Vabadussoja_Ajaloo_Komitee, lk 8
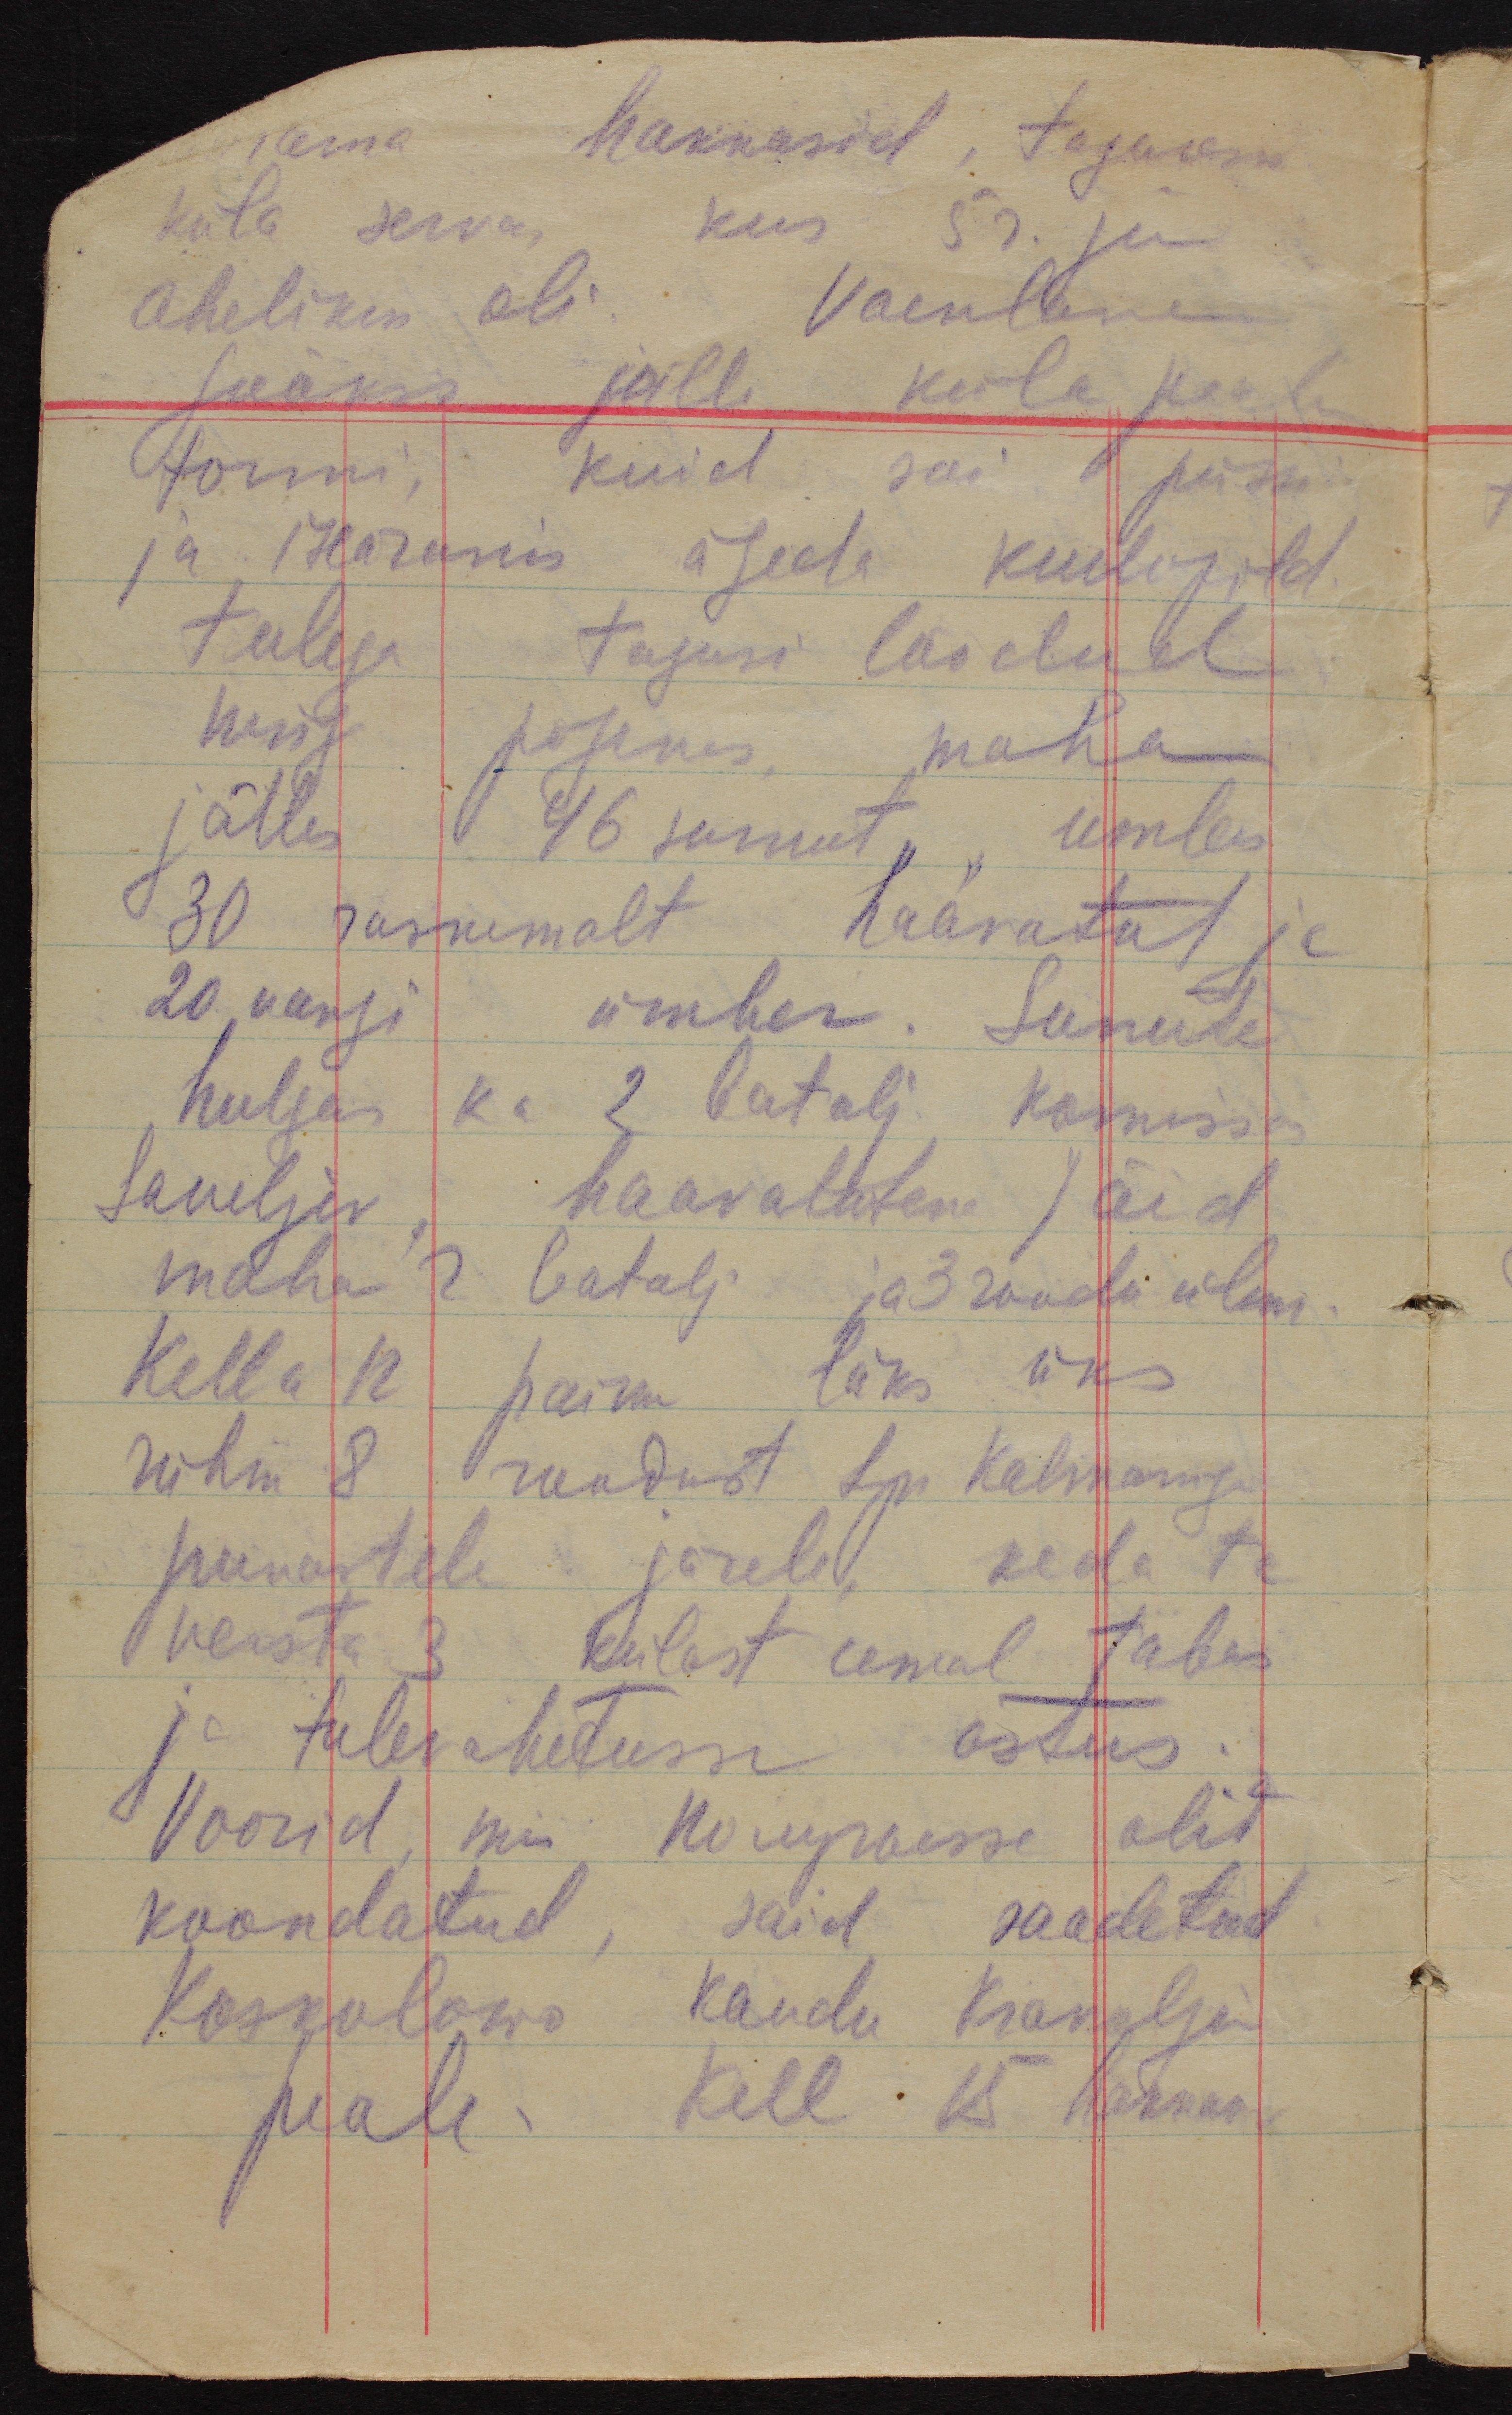
rama hakkasid, taganes
küla serva, kus 5r. ju
ahelikus oli. Vaenlane
jooksis jälle küla peale
tormi, kuid sai püssi
ja iseäranis ägeda kuulipild.
tulega tagasi löödud
ning põgenes  maha
jättes 46 surnut, umbes
30 raskemalt haavatut ja
20 vangi ümber. Surnute
hulgas ka 2 batalj. komissar
Saneljev, haavatutena jäid
maha 2 batalj ja 3 roodu ülem.
Kella 12 paiku läks üks
rühm 8 roodust Lpn Kalmaniga
punastele järele, keda ta
versta 3 külast eemal tabas
ja tulevahetusse astus.
Voorid, mis Полугыsse olid
koondatud, said saadetud
Koskolowa kaudu Krakolje
peale. Kell 15 hakkas